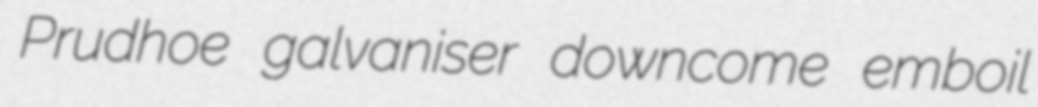
Prudhoe galvaniser downcome emboil